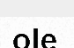
ole